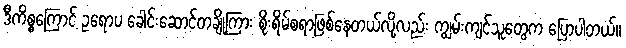
ဒီကိစ္စကြောင့် ဥရောပ ခေါင်းဆောင်တချို့ကြား စိုးရိမ်စရာဖြစ်နေတယ်လို့လည်း ကျွမ်းကျင်သူတွေက ပြောပါတယ်။